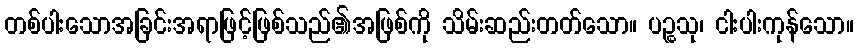
တစ်ပါးသောအခြင်းအရာဖြင့်ဖြစ်သည်၏အဖြစ်ကို သိမ်းဆည်းတတ်သော။ ပဉ္စသု၊ ငါးပါးကုန်သော။